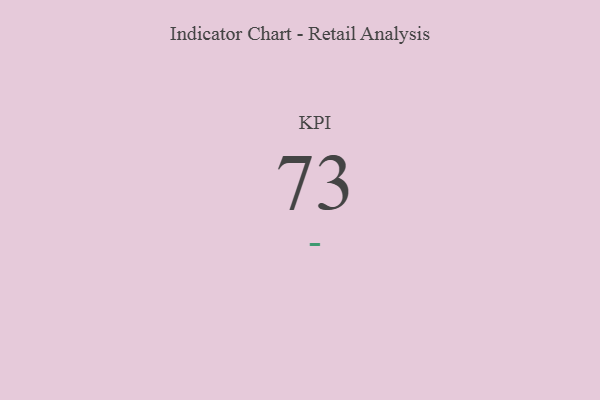
{"axis": {"x": "KPI", "y": "Value"}, "legend": [""], "data": [{"x": "KPI", "y": 73, "type": ""}]}